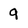
Character: 9